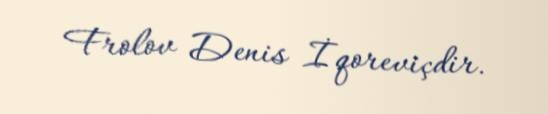
Frolov Denis İqoreviçdir.